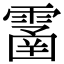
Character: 𩄙